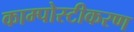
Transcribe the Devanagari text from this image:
काम्पोस्टीकरण